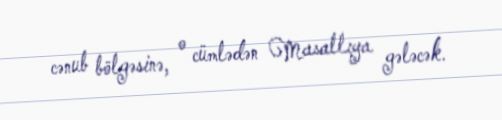
cənub bölgəsinə, o cümlədən Masallıya gələcək.